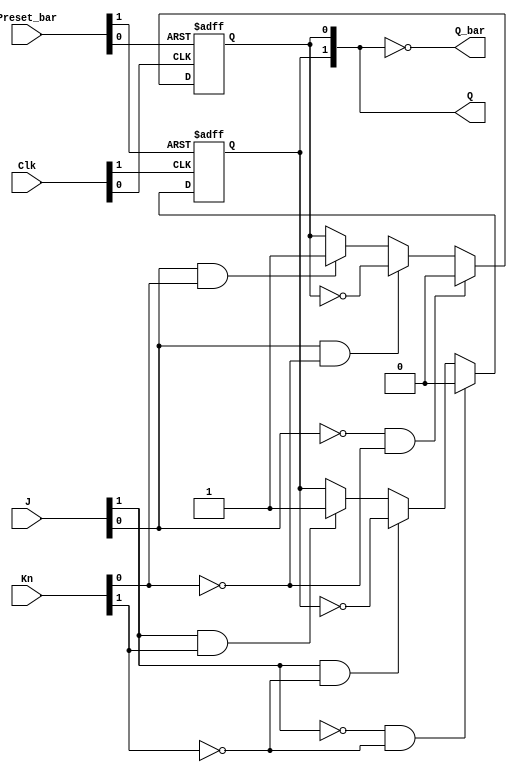
// Dual J-/K flip-flop with set; positive-edge-triggered

// Note: Preset_bar is asynchronous as specified in datasheet for this device,
//ignored Clear_bar, for implementations that don't use the Clear input
`default_nettype none
`timescale 1ns/1ns

module ttl_74109_pre #(parameter BLOCKS = 2, DELAY_RISE = 0, DELAY_FALL = 0)
(
  input wire [BLOCKS-1:0] Preset_bar,
  input wire [BLOCKS-1:0] J,
  input wire [BLOCKS-1:0] Kn,
  input wire [BLOCKS-1:0] Clk,
  output wire [BLOCKS-1:0] Q,
  output wire [BLOCKS-1:0] Q_bar
);

//------------------------------------------------//
reg [BLOCKS-1:0] Q_current;

generate
  genvar i;
  for (i = 0; i < BLOCKS; i = i + 1)
  begin: gen_blocks
    initial Q_current[i] = 1'b0; //supposition
    always @(posedge Clk[i] or negedge Preset_bar[i])
    begin
      if (!Preset_bar[i])
        Q_current[i] <= 1'b1;
      else
      begin
          if (!J[i] && !Kn[i])
            Q_current[i] <= 1'b0; //set low
          else if (J[i] && !Kn[i])
            Q_current[i] <= ~Q_current[i]; //toggle
          else if (J[i] && Kn[i])
            Q_current[i] <= 1'b1; //set high
          else
            Q_current[i] <= Q_current[i]; //hold value
      end
    end
  end
endgenerate
//------------------------------------------------//

assign #(DELAY_RISE, DELAY_FALL) Q = Q_current;
assign #(DELAY_RISE, DELAY_FALL) Q_bar = ~Q_current;

endmodule